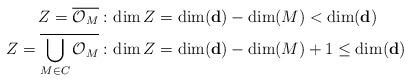
LaTeX: \begin{align*} Z=\overline{\mathcal{O}_M}:&\, \dim Z = \dim(\textbf{d})-\dim(M)<\dim(\textbf{d})\\ Z=\displaystyle{\overline{\bigcup_{M\in C}\mathcal{O}_M}}:&\,\dim Z=\dim(\textbf{d})-\dim (M)+1\leq \dim(\textbf{d})\end{align*}